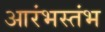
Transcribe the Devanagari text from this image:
आरंभस्तंभ